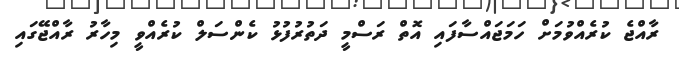
ރާއްޖެ ކުރެއްވުމަށް ހަމަޖައްސާފައި އޮތް ރަސްމީ ދަތުރުފުޅު ކެންސަލް ކުރެއްވީ މިހާރު ރާއްޖޭގައި